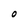
Character: O